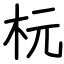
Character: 杬